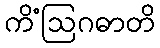
ကိံဩဂဓာတိ